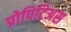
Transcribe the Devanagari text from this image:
प्रोपिटिअस